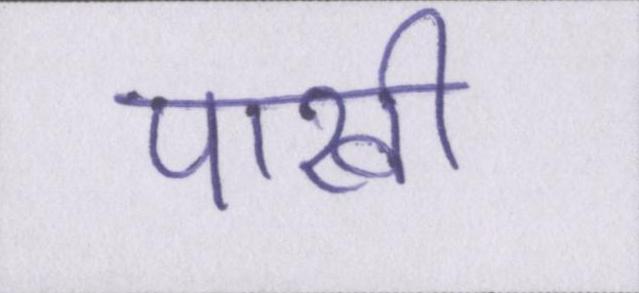
पाखी